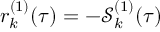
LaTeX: r _ { k } ^ { ( 1 ) } ( \tau ) = - \mathcal { S } _ { k } ^ { ( 1 ) } ( \tau )